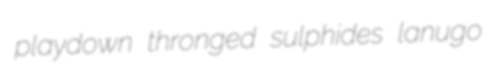
playdown thronged sulphides lanugo